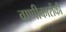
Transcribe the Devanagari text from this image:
वाणीकारोंकी